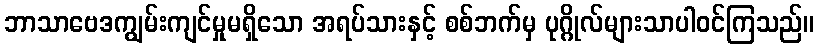
ဘာသာဗေဒကျွမ်းကျင်မှုမရှိသော အရပ်သားနှင့် စစ်ဘက်မှ ပုဂ္ဂိုလ်များသာပါဝင်ကြသည်။